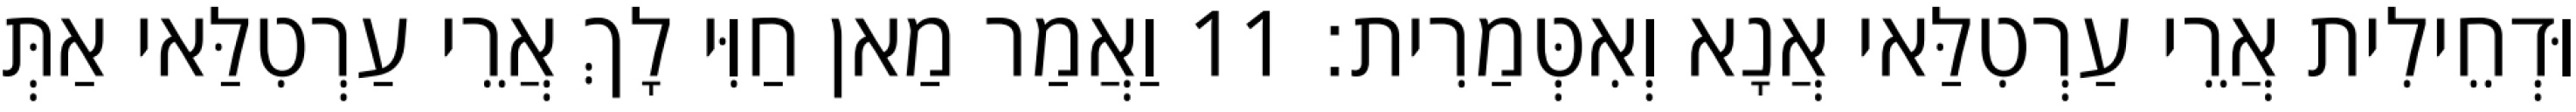
וּדְחֵילִית אֲרֵי עַרְטִלַּאי אֲנָא וְאִטְּמַרִית׃ 11 וַאֲמַר מַאן חַוִּי לָךְ אֲרֵי עַרְטִלַּאי אַתְּ